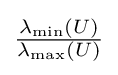
{\tfrac {\lambda _{\min }(U)}{\lambda _{\max }(U)}}